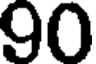
90